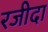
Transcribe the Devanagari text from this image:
रजीदा